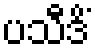
ပသီဒိံ